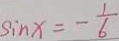
\sin x = - \frac { 1 } { 6 }